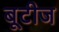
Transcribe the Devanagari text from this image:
बूटीज